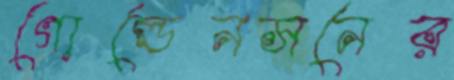
গোল্ডেনসনের